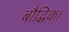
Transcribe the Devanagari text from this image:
बौद्धिक।